Vaccination North-Western Provinces and Oudh 1896-1901 - 1896-1901
Year: 1896
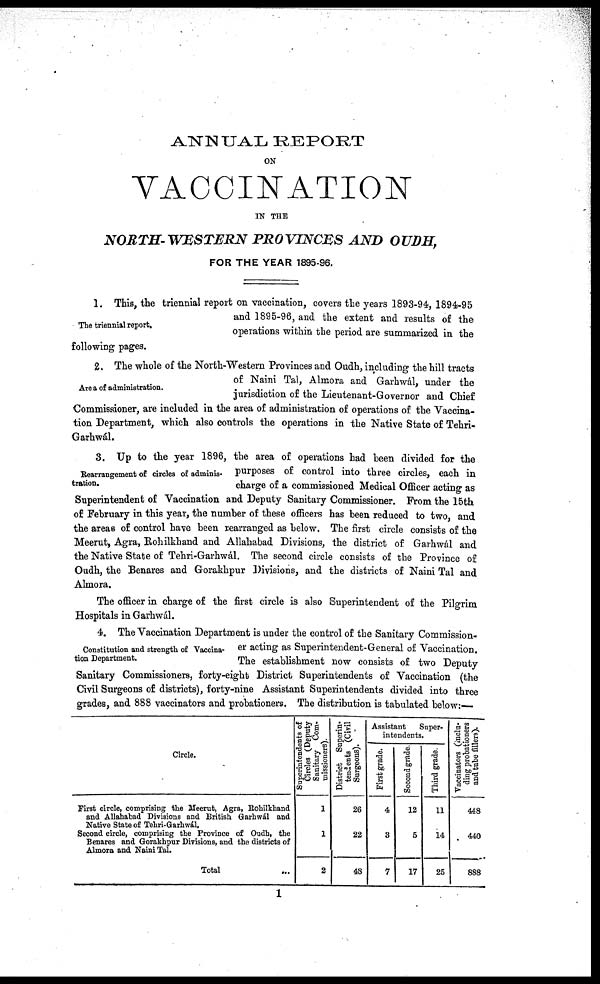
ANNUAL REPORT
ON
VACCINATION
IN THE
NORTH-WESTERN PROVINCES AND OUDH,
FOR THE YEAR 1895-96.
The triennial report.
1. This, the triennial report on vaccination, covers the years 1893-94, 1894-95
and 1895-96, and the extent and results of the
operations within the period are summarized in the
following pages.
Area of administration.
2. The whole of the North-Western Provinces and Oudh, including the hill tracts
of Naini Tal, Almora and Garhwál, under the
jurisdiction of the Lieutenant-Governor and Chief
Commissioner, are included in the area of administration of operations of the Vaccina-
tion Department, which also controls the operations in the Native State of Tehri-
Garhwál.
Rearrangement of circles of adminis-
tration.
3. Up to the year 1896, the area of operations had been divided for the
purposes of control into three circles, each in
charge of a commissioned Medical Officer acting as
Superintendent of Vaccination and Deputy Sanitary Commissioner. From the 15th
of February in this year, the number of these officers has been reduced to two, and
the areas of control have been rearranged as below. The first circle consists of the
Meerut, Agra, Rohilkhand and Allahabad Divisions, the district of Garhwál and
the Native State of Tehri-Garhwál. The second circle consists of the Province of
Oudh, the Benares and Gorakhpur Divisions, and the districts of Naini Tal and
Almora.
The officer in charge of the first circle is also Superintendent of the Pilgrim
Hospitals in Garhwál.
Constitution and strength of Vaccina-
tion Department.
4. The Vaccination Department is under the control of the Sanitary Commission-
er acting as Superintendent-General of Vaccination.
The establishment now consists of two Deputy
Sanitary Commissioners, forty-eight District Superintendents of Vaccination (the
Civil Surgeons of districts), forty-nine Assistant Superintendents divided into three
grades, and 888 vaccinators and probationers. The distribution is tabulated below:
Circle.
First circle, comprising the Meerut, Agra, Rohilkhand
and Allahabad Divisions and British Garhwál and
Native State of Tehri-Garhwál.
Second circle, comprising the Province of Oudh, the
Benares and Gorakhpur Divisions, and the districts of
Almora and Naini Tal.
Total ...
Superintendents of
Circles (Deputy
Sanitary Com-
missioners).
1
1
2
District Superin-
tendents (Civil
Surgeons).
26
22
48
Assistant
Super-
intendents.
First grade.
4
3
7
Second grade.
12
5
17
Third grade.
11
14
25
Vaccinators (inclu-
ding probationers
and tube fillers).
448
440
888
1